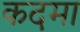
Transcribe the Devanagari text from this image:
कदमा